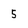
Character: 5